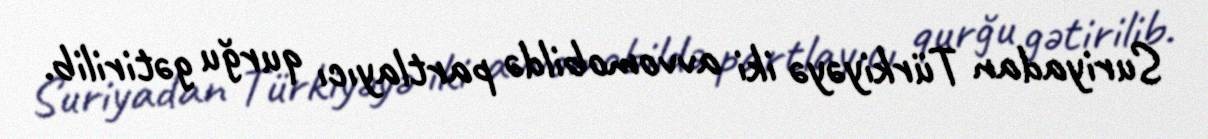
Suriyadan Türkiyəyə iki avvomobildə partlayıcı qurğu gətirilib.